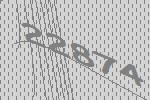
22874